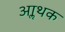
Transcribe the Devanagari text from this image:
आॢथक